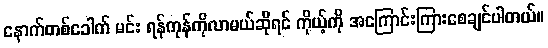
နောက်တစ်ခေါက် မင်း ရန်ကုန်ကိုလာမယ်ဆိုရင် ကိုယ့်ကို အကြောင်းကြားစေချင်ပါတယ်။